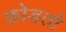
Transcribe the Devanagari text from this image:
फ़ोडतो